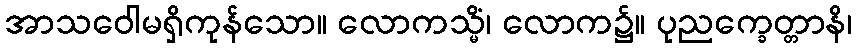
အာသဝေါမရှိကုန်သော။ လောကသ္မိံ၊ လောက၌။ ပုညက္ခေတ္တာနိ၊